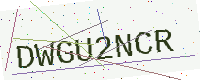
Text: DWGU2NCR